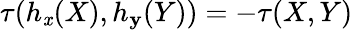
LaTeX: \tau(h_{\mathit{x}}(X),h_{\mathbf{y}}(Y))=-\tau(X,Y)